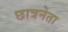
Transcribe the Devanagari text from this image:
छात्रनेता